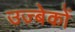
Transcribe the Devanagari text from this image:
उज्बेकों